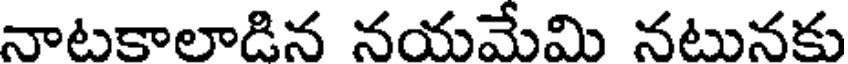
నాటకాలాడిన నయమేమి నటునకు